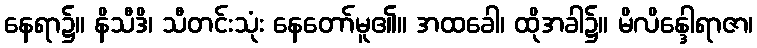
နေရာ၌။ နိသီဒိ၊ သီတင်းသုံး နေတော်မူ၏။ အထခေါ၊ ထိုအခါ၌။ မိလိန္ဒေါရာဇာ၊